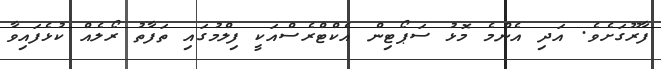
ފާރޫގަށެވެ. އަދި އެންމެ މޮޅު ސަޕޯޓިން އެކްޓްރެސްއަކީ ފިލްމުގައި ތަފާތު ރޯލެއް ކުޅެފައިވާ